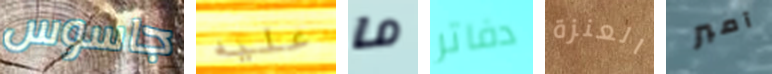
جاسوس عليه ما دفاتر العنزة آمبر